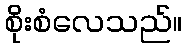
စိုးစံလေသည်။